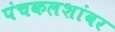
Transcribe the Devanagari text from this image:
पंचकलशांवर